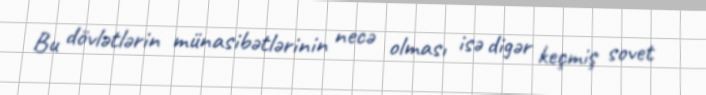
Bu dövlətlərin münasibətlərinin necə olması isə digər keçmiş sovet